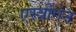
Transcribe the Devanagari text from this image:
एस्त्रोगेन